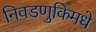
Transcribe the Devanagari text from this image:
निवडणुकिमधे